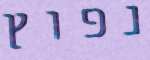
נפוץ